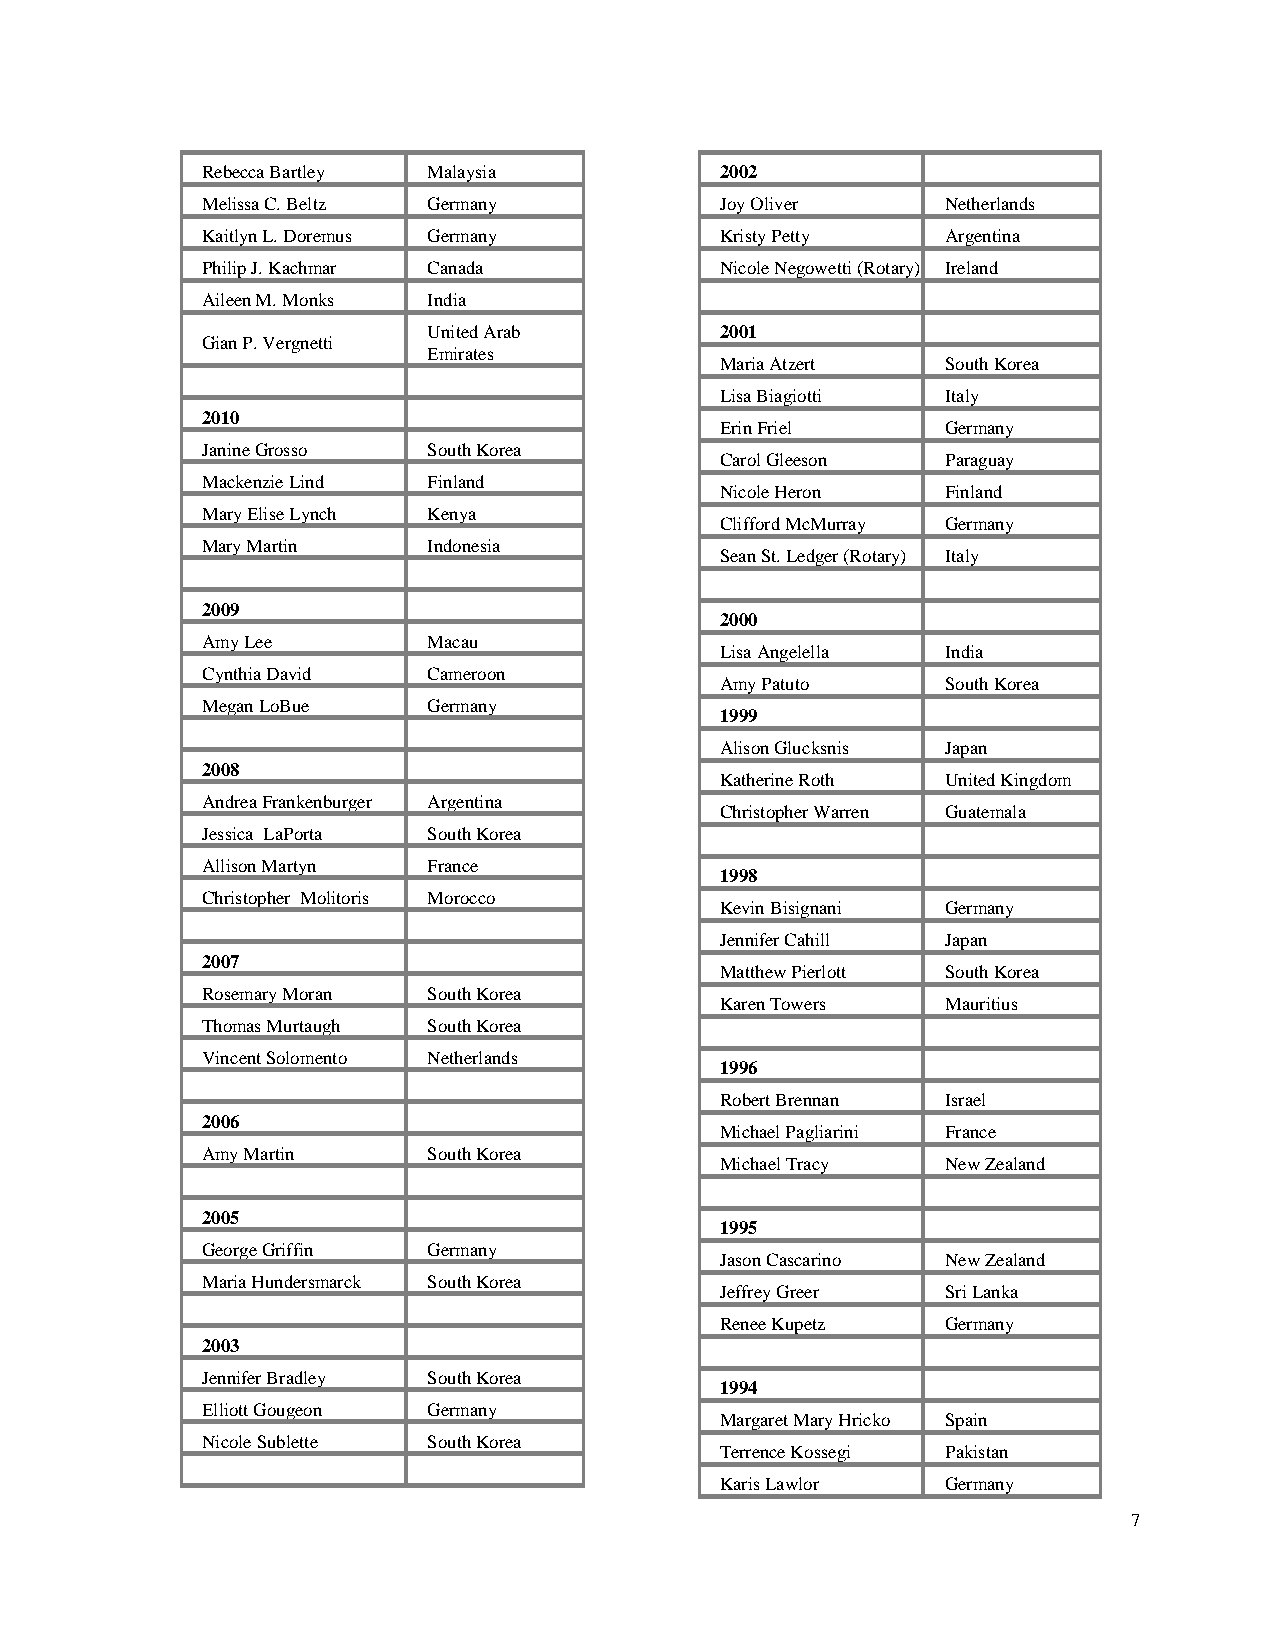
Rebecca Bartley Malaysia           2002
 Melissa C. Beltz Germany           Joy Oliver     Netherlands
 Kaitlyn L. Doremus Germany         Kristy Petty   Argentina
 Philip J. Kachmar Canada           Nicole Negowetti (Rotary) Ireland
 Aileen M. Monks India
 United Arab         2001
 Gian P. Vergnetti
 Emirates
 Maria Atzert   South Korea
 Lisa Biagiotti Italy
 2010
 Erin Friel     Germany
 Janine Grosso  South Korea
 Carol Gleeson  Paraguay
 Mackenzie Lind Finland
 Nicole Heron   Finland
 Mary Elise Lynch Kenya
 Clifford McMurray Germany
 Mary Martin    Indonesia
 Sean St. Ledger (Rotary) Italy
 2009
 2000
 Amy Lee        Macau
 Lisa Angelella India
 Cynthia David  Cameroon
 Amy Patuto     South Korea
 Megan LoBue    Germany
 1999
 Alison Glucksnis Japan
 2008
 Katherine Roth United Kingdom
 Andrea Frankenburger Argentina
 Christopher Warren Guatemala
 Jessica LaPorta South Korea
 Allison Martyn France
 1998
 Christopher Molitoris Morocco
 Kevin Bisignani Germany
 Jennifer Cahill Japan
 2007
 Matthew Pierlott South Korea
 Rosemary Moran South Korea
 Karen Towers   Mauritius
 Thomas Murtaugh South Korea
 Vincent Solomento Netherlands
 1996
 Robert Brennan Israel
 2006
 Michael Pagliarini France
 Amy Martin     South Korea
 Michael Tracy  New Zealand
 2005
 1995
 George Griffin Germany
 Jason Cascarino New Zealand
 Maria Hundersmarck South Korea
 Jeffrey Greer  Sri Lanka
 Renee Kupetz   Germany
 2003
 Jennifer Bradley South Korea
 1994
 Elliott Gougeon Germany
 Margaret Mary Hricko Spain
 Nicole Sublette South Korea
 Terrence Kossegi Pakistan
 Karis Lawlor   Germany
 7